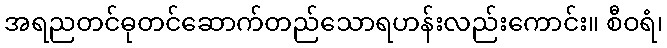
အရညတင်ဓုတင်ဆောက်တည်သောရဟန်းလည်းကောင်း။ စီဝရံ၊